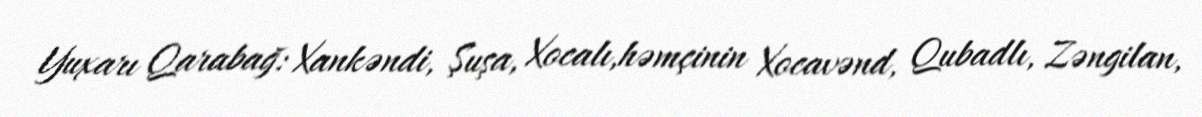
Yuxarı Qarabağ: Xankəndi, Şuşa, Xocalı,həmçinin Xocavənd, Qubadlı, Zəngilan,